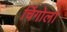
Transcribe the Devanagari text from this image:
चिंगोला